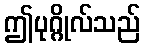
ဤပုဂ္ဂိုလ်သည်